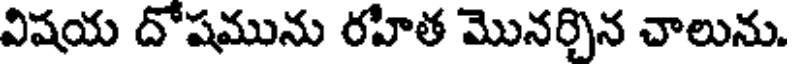
విషయ దోషమును రహిత మొనర్చిన చాలును.